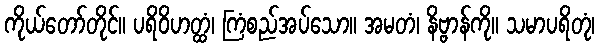
ကိုယ်တော်တိုင်။ ပရိဝိဟတ္ထံ၊ ကြံစည်အပ်သော။ အမတံ၊ နိဗ္ဗာန်ကို။ သမာပရိတုံ၊